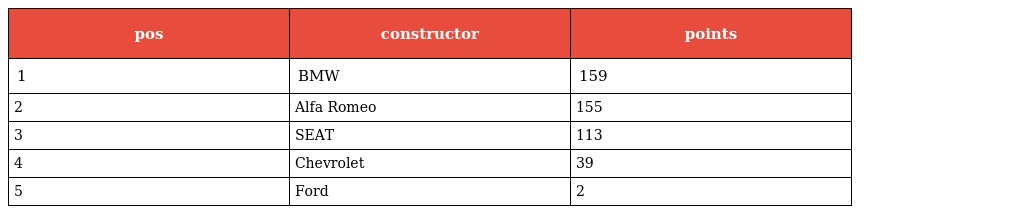
| pos | constructor | points |
 | --- | --- | --- |
 | 1 | BMW | 159 |
 | 2 | Alfa Romeo | 155 |
 | 3 | SEAT | 113 |
 | 4 | Chevrolet | 39 |
 | 5 | Ford | 2 |